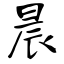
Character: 晨